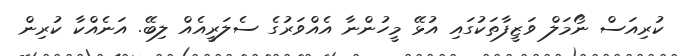
ކުރިއަސް ނޯމަލް ވަޒީފާތަކުގައި އުޅޭ މީހުންނާ އެއްވަރުގެ ސެލަރީއެއް ލިބޭ. އަނެއްކާ ކުރިން